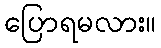
ပြောရမလား။